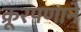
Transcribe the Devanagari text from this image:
क्रूरपणाने